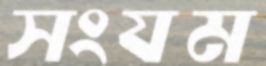
সংযম